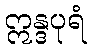
ဣန္ဒပုရံ